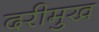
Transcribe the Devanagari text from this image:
दरीमुख